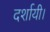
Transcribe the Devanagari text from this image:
दर्शायी।